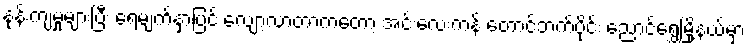
နုန်းကျမှုများပြီး ရေမျက်နှာပြင် လျော့လာတာကတော့ အင်းလေးကန် တောင်ဘက်ပိုင်း ညောင်ရွှေမြို့နယ်မှာ